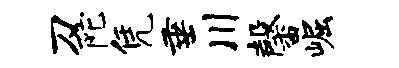
刀陀凭垂川馨崛